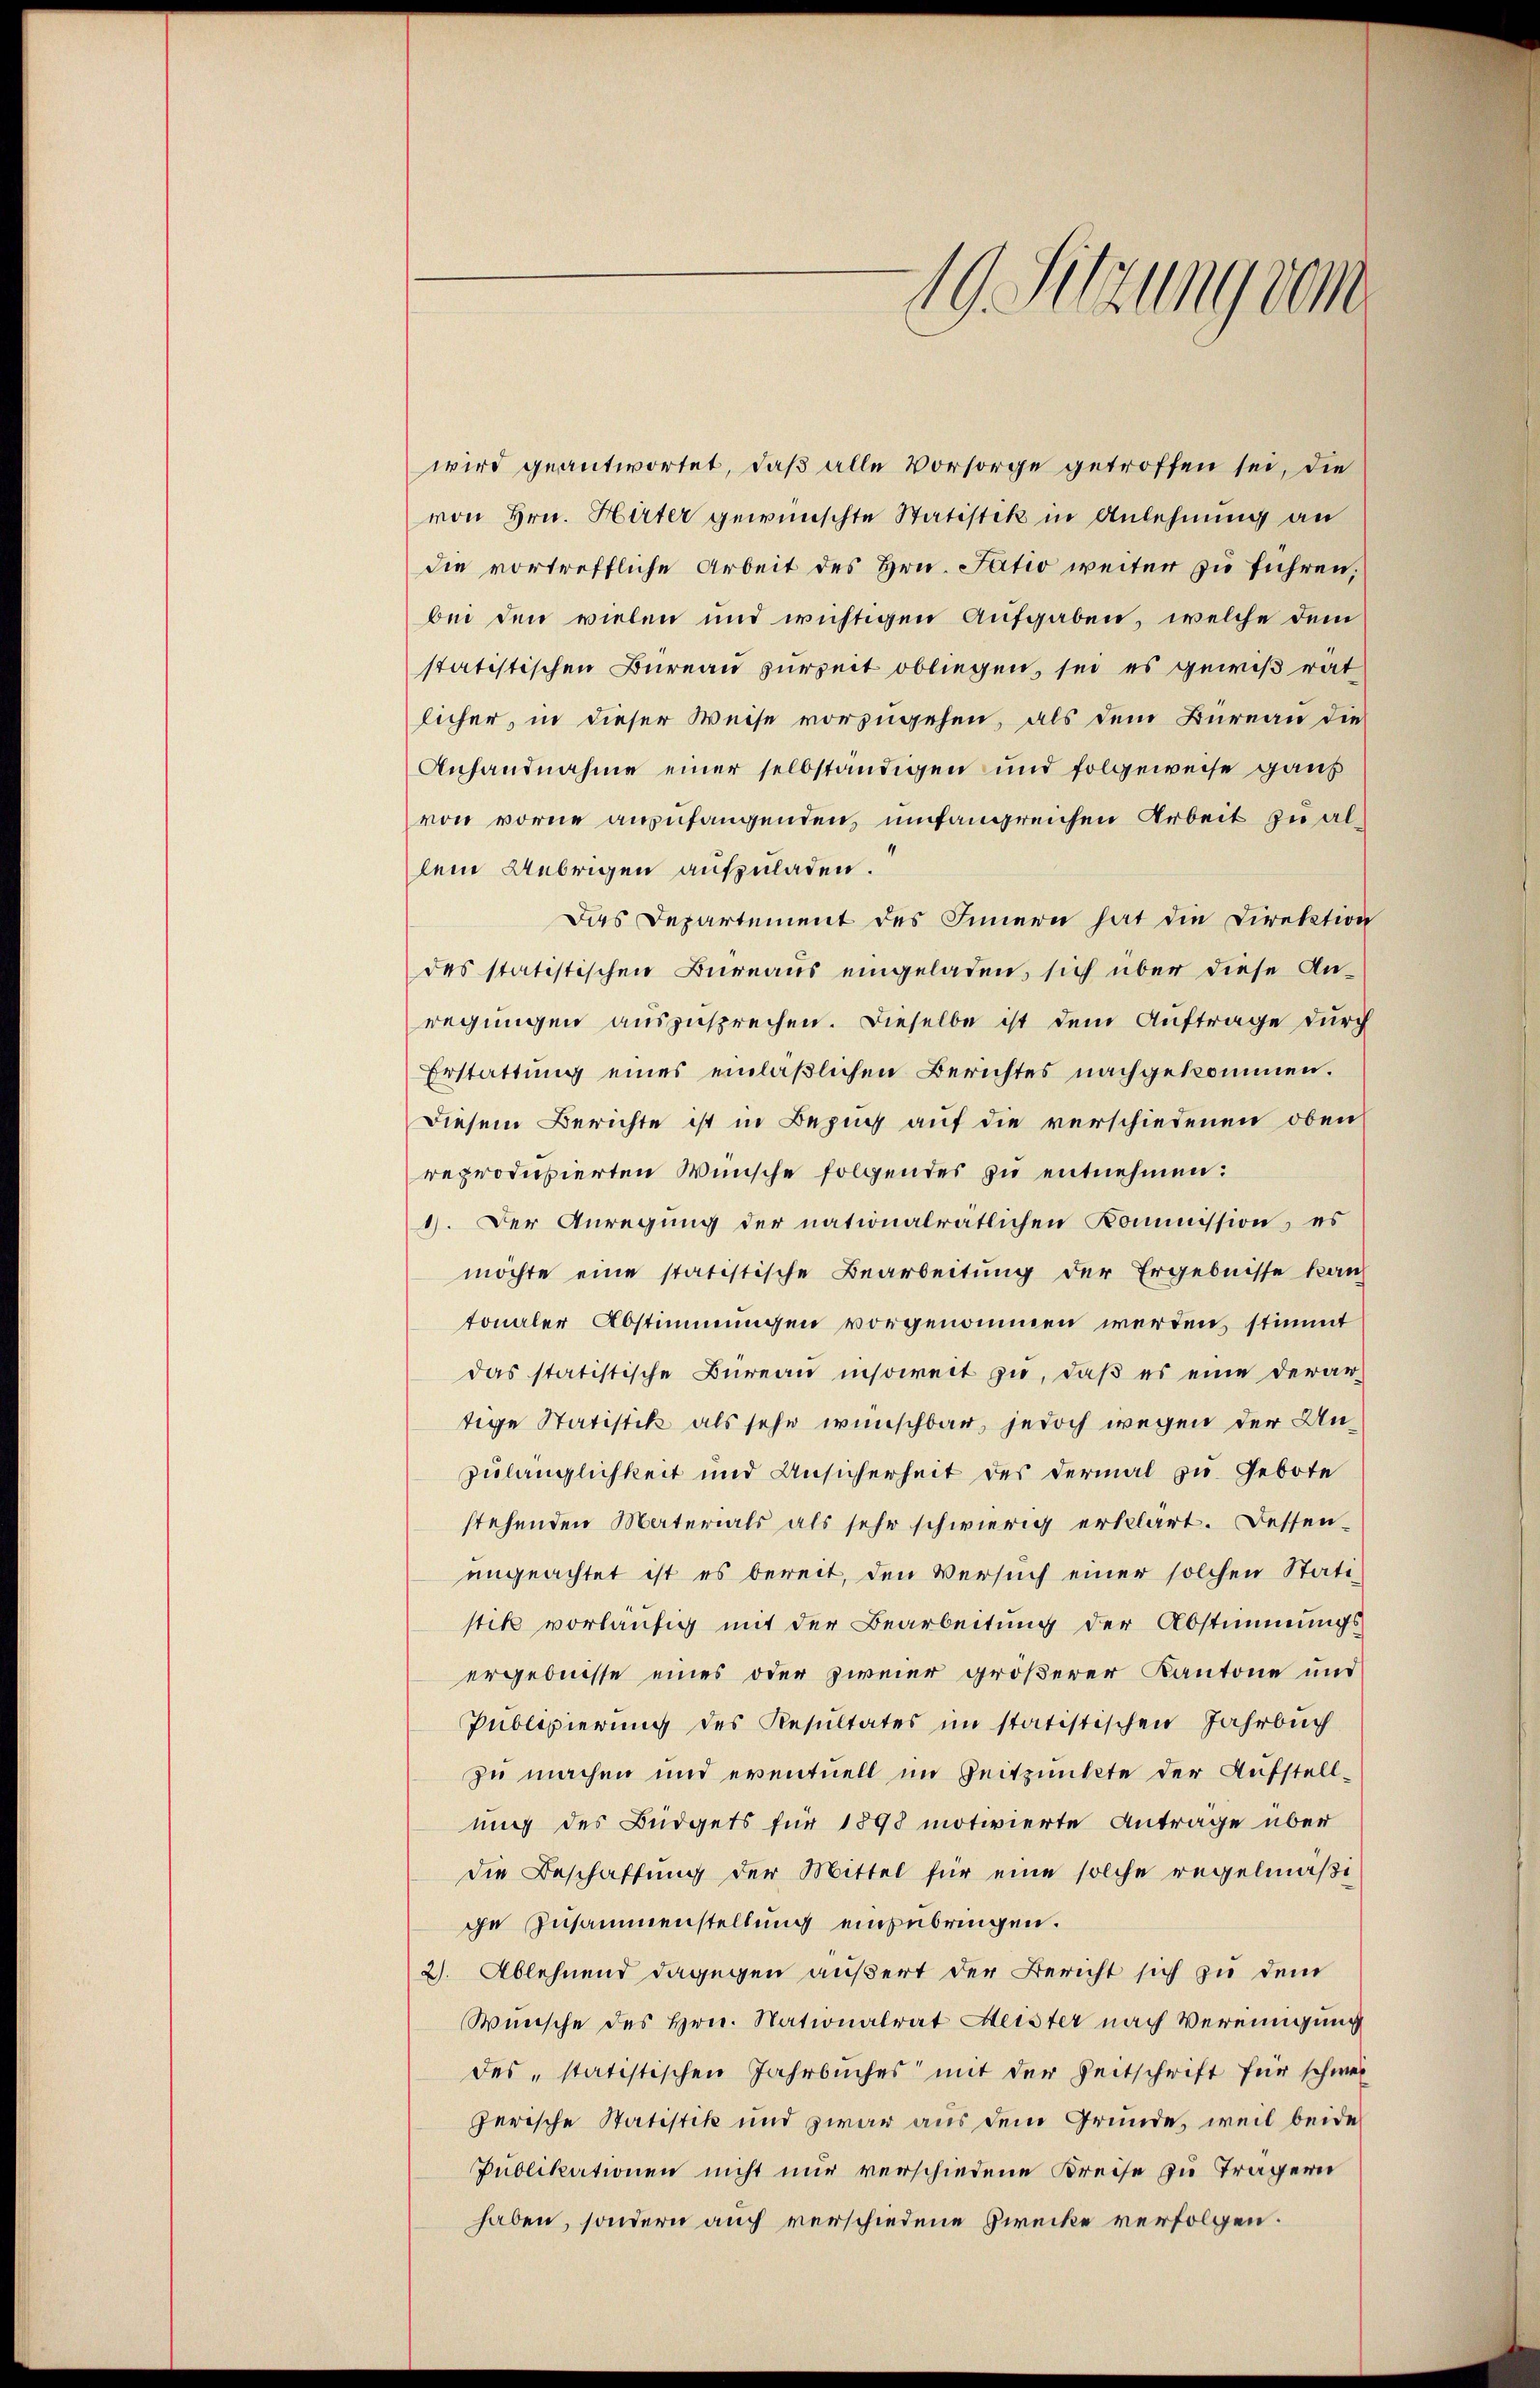
19. Sitzung vom

wird geantwortet, daß alle Vorsorge getroffen sei, die
von Hrn. Hirter gewünschte Statistik in Anlehnung an
die vortreffliche Arbeit des Hrn. Fatio weiter zu führen,
bei den vielen und wichtigen Aufgaben, welche dem
statistischen Bureau zurzeit obliegen, sei es gewiß rat
licher, in dieser Weise vorzugehen, als dem Bureau die
Anhandnahme einer selbständigen und folgeweise ganz
von vorne anzufangenden umfangreichen Arbeit zu allem Uebrigen aufzuladen.
Das Departement des Innern hat die Direktion
des statistischen Büreaus eingeladen, sich über diese An-
regungen auszusprechen. Dieselbe ist dem Auftrage durch
Erstattung eines einläßlichen Berichtes nachgekommen.
Diesem Berichte ist in Bezug auf die verschiedenen oben
reproduzierten Wünsche folgendes zu entnehmen:
1). Der Anregung der nationalrätlichen Kommission, es
möchte eine statistische Bearbeitung der Ergebnisse kan
tonaler Abstimmungen vorgenommen werden, stimmt
das statistische Büreau insoweit zu, daβ es eine derar-
tige Statistik als sehe wünschbar, jedoch wegen der Un¬
Zulänglichkeit und Ansicherheit des dermal zu Gebote
stehenden Materials als sehr schwierig erklärt. Dessen-
ungeachtet ist es bereit, den Versuch einer solchen Statistik vorläufig mit der Bearbeitung der Abstimmungs-
ergebnisse eines oder zweier größerer Kantone und
Publizierung des Resultates im statistischen Jahrbuch
zu machen und eventuell im Zeitpunkte der Aufstellung des Büdgets für 1898 motivierte Antrage über
die Beschaftung der Mittel für eine solche regelmäßige Zusammenstellung einzubringen.
2). Ablehnend dagegen äußert der Bericht sich zu dem
Wünsche des Hrn. Nationalrat Meister nach Vereinigung
des „statistischen Jahrbuches mit der Zeitschrift für schwer
perische Statistik und zwar aus dem Grunde, weil beide
Publikationen nicht nur verschiedene Kreise zu Trägern
haben, sondern auch verschiedene Zwecke verfolgen.